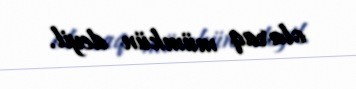
olaraq mümkün deyil.